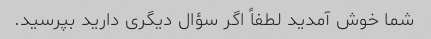
شما خوش آمدید لطفاً اگر سؤال دیگری دارید بپرسید.